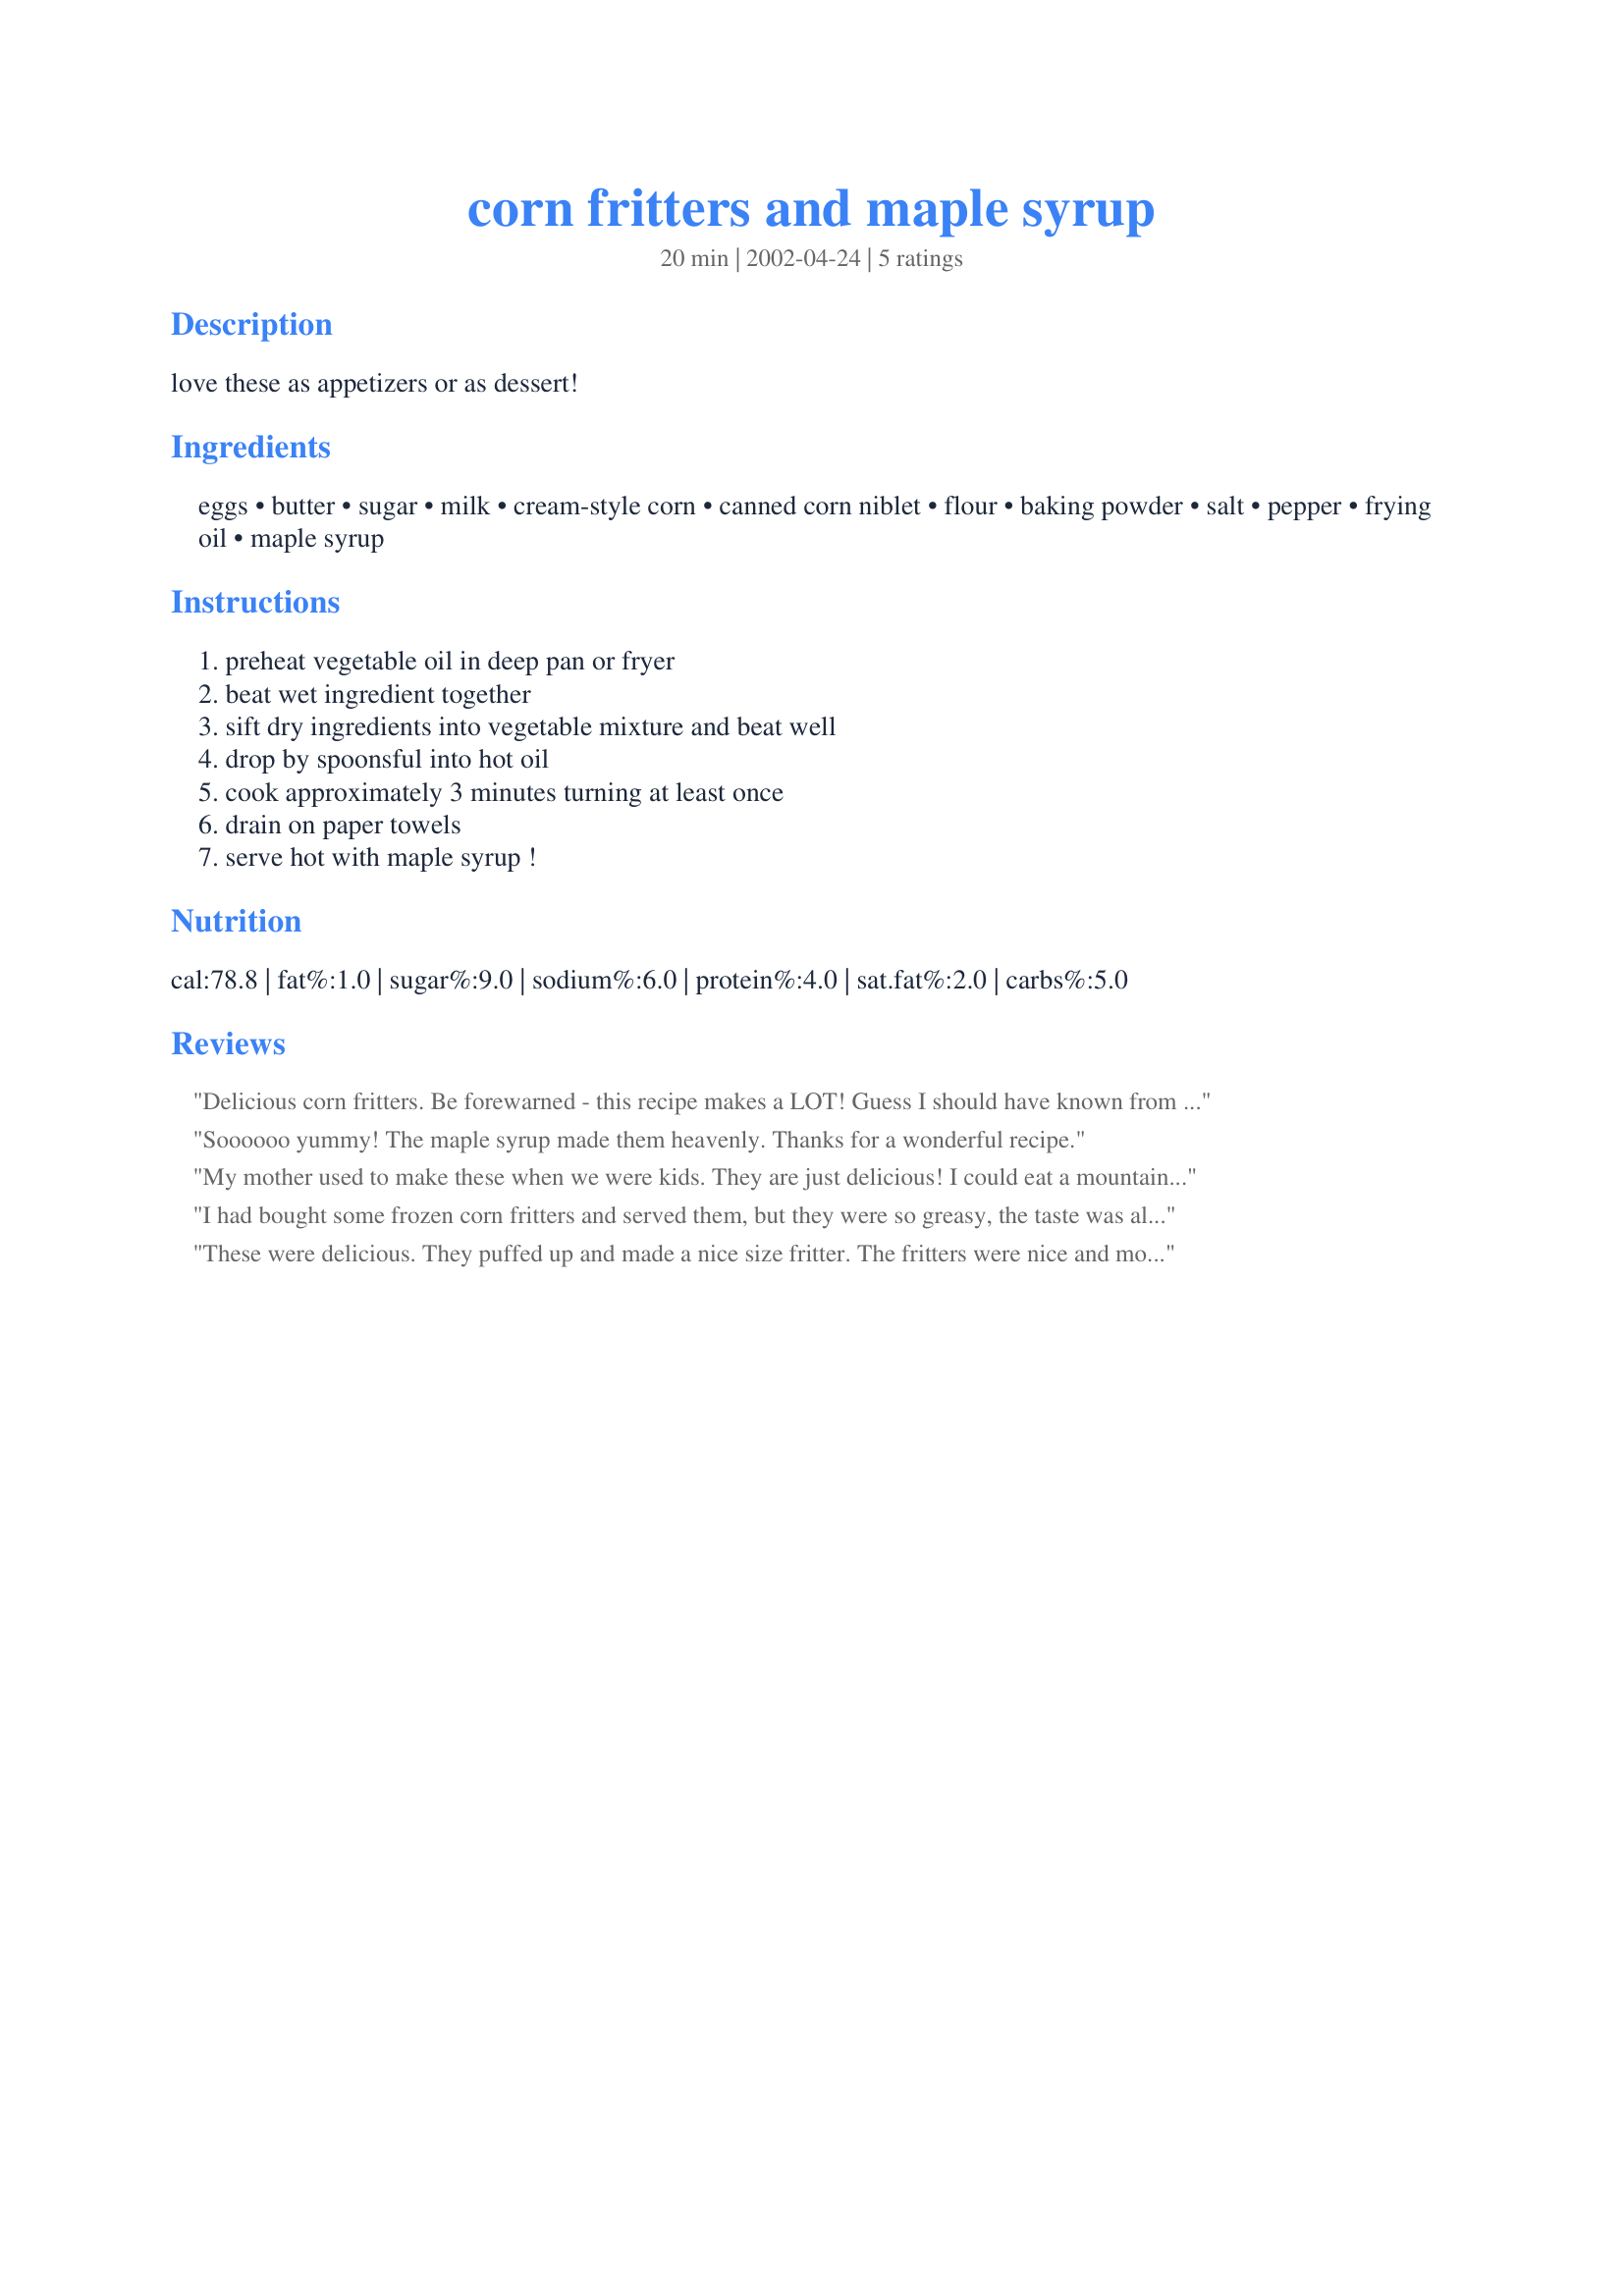
corn fritters and maple syrup
Preparation time: 20 minutes

love these as appetizers or as dessert!

Ingredients:
eggs, butter, sugar, milk, cream-style corn, canned corn niblet, flour, baking powder, salt, pepper, frying oil, maple syrup

Steps:
preheat vegetable oil in deep pan or fryer, beat wet ingredient together, sift dry ingredients into vegetable mixture and beat well, drop by spoonsful into hot oil, cook approximately 3 minutes turning at least once, drain on paper towels, serve hot with maple syrup !

Reviews:
Delicious corn fritters. Be forewarned - this recipe makes a LOT! Guess I should have known from the number of servings shown (32). I cooked over med-high heat in vegetable oil on the stovetop and 3 minutes is just right for beautiful golden fritters. Served with honey instead of syrup, delicious.
Soooooo yummy! The maple syrup made them heavenly. Thanks for a wonderful recipe.
My mother used to make these when we were kids. They are just delicious! I could eat a mountain of these and so could my kids. I've been looking for my mom's recipe for years because she never wrote her recipes down - she just kept them in her head. This is a good recipe. Old-fashioned and homey.
I had bought some frozen corn fritters and served them, but they were so greasy, the taste was almost obliterated. I thought- self, you know where the good recipes are-find a corn fritter recipe and make them from scratch. I added 2 Tbl. of honey to the batch and they were heavenly. All I needed was a mess of kin folks to help me eat them.
These were delicious. They puffed up and made a nice size fritter. The fritters were nice and moist. The only thing I did different was to sprinkle powdered sugar on them instead of using the maple syrup. This is a keeper. 

Thanks Aroostook. 

Bullwinkle.
